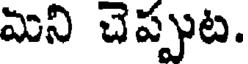
మని చెప్పుట.